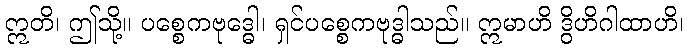
ဣတိ၊ ဤသို့။ ပစ္စေကဗုဒ္ဓေါ၊ ရှင်ပစ္စေကဗုဒ္ဓါသည်။ ဣမာဟိ ဒွိဟိဂါထာဟိ၊